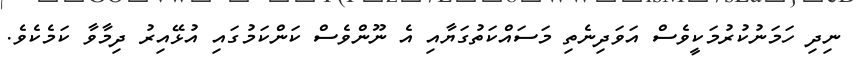
ނިދި ހަމަނުކުރުމަކީވެސް އަވަދިނެތި މަސައްކަތުގަޔާއި އެ ނޫންވެސް ކަންކަމުގައި އުޅޭއިރު ދިމާވާ ކަމެކެވެ.